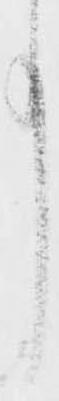
事